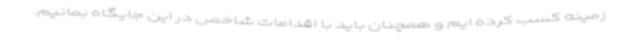
زمینه کسب کرده ایم و همچنان باید با اقدامات شاخص در این جایگاه بمانیم.